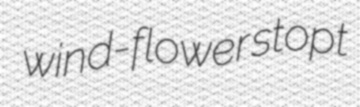
wind-flower stopt